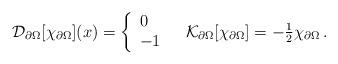
LaTeX: \begin{align*} \mathcal{D}_{\partial\Omega}[\chi_{\partial\Omega}](x) = \left\{\begin{array}{ll}0 &\\-1 &\end{array}\right. \mathcal{K}_{\partial \Omega}[\chi_{\partial\Omega}]= -\tfrac12 \chi_{\partial\Omega}\,.\end{align*}